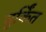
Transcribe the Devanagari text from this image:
मूर्किंत